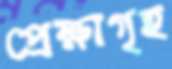
প্রেক্ষাগৃহ